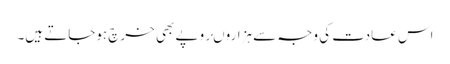
اس عادت کی وجہ سے ہزاروںروپے بھی خرچ ہوجاتے ہیں۔